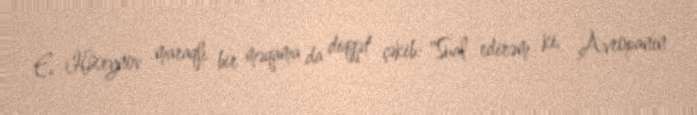
E. Hüseynov maraqlı bir məqama da diqqət çəkib: "Sual edirəm ki, Avropanın